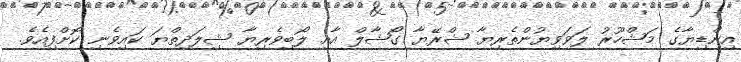
އިންޑިޔާގެ މަޝްހޫރު ލަވަވިޔުންތެރިޔާ ޝްރޭޔާ ގޯޝާލް އާއި ލޯބިވެރިޔާ ޝިލަދިތްޔަ ކައިވެނި ކޮށްފިއެވެ.